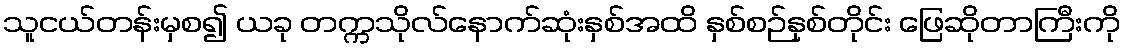
သူငယ်တန်းမှစ၍ ယခု တက္ကသိုလ်နောက်ဆုံးနှစ်အထိ နှစ်စဉ်နှစ်တိုင်း ဖြေဆိုတာကြီးကို